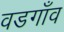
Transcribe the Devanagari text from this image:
वडगाँव